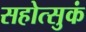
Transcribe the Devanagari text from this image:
सहोत्सुकं